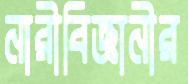
নারীবিজ্ঞানীর